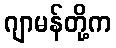
ဂျာမန်တို့က